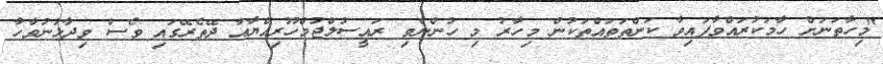
"މިހާތަނަށް ހާމަކުރައްވާފައިވާ ކަންތަތައްތަކުން މިހާރު މި ހުންނެވި ރައީސުލްޖުމްހޫރިއްޔާއާ ދޭތެރޭގައި ވެސް ވިދާޅުނުވާހާ